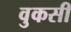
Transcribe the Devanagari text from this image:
वुकसी